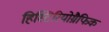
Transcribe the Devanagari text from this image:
हिस्टिरियोग्रैफिक